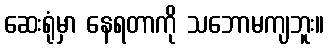
ဆေးရုံမှာ နေရတာကို သဘောမကျဘူး။